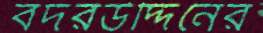
বদরউদ্দিনের